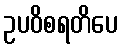
ဥပဝိစရတိပေ